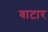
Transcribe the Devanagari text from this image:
वाटार